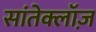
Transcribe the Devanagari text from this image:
सांतेक्लॉज़